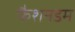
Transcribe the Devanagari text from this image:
फैशनडम